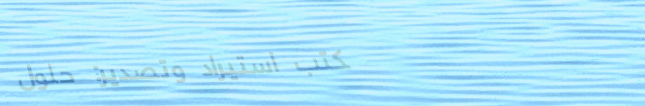
مكتب استيراد وتصدير: حلول